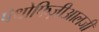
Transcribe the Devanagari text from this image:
पैथोफिज़ीआलजी